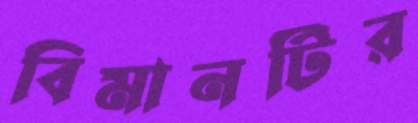
বিমানটির